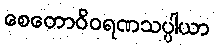
စေတောဝိဝရဏသပ္ပါယာ